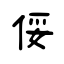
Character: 俀